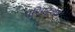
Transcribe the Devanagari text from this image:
परिग्रहशेष